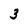
Character: 3